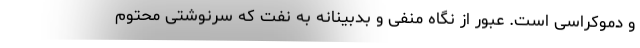
و دموکراسی است. عبور از نگاه منفی و بدبینانه به نفت که سرنوشتی محتوم